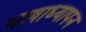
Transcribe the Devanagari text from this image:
भाषाध्यापन